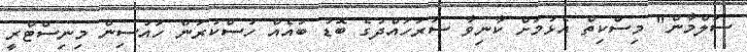
ސަލްމާން" މިސްކިތް އެޅުމަށް ކާނިވާ ސަރަހައްދުގެ ބޮޑު ބައެއް ހުސްކުރަން ހައުސިން މިނިސްޓްރީ